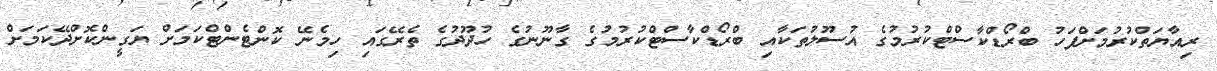
ރިއާޔަތްކުރުމަށްފަހު ބްރޯޑްކާސްޓްކުރުމުގެ އުސޫލުތަކާއި ބްރޯޑްކާސްޓްކުރުމުގެ ގާނޫނުގެ ހުދޫދުގެ ތެރޭގައި ހިމެނޭ ކޮންޓެންޓްކަމަށް ޔަގީންކޮށްދޭކަމަށް